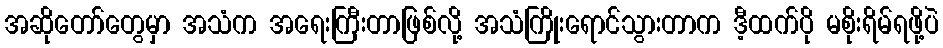
အဆိုတော်တွေမှာ အသံက အရေးကြီးတာဖြစ်လို့ အသံကြိုးရောင်သွားတာက ဒီ့ထက်ပို မစိုးရိမ်ရဖို့ပဲ